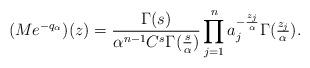
LaTeX: \begin{align*} (Me^{-q_\alpha})(z) = \frac{\Gamma(s)}{\alpha^{n-1}C^s\Gamma(\tfrac{s}{\alpha})}\prod\limits_{j=1}^n a_j^{-\frac{z_j}{\alpha}} \Gamma(\tfrac{z_j}{\alpha}).\end{align*}